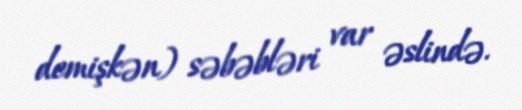
demişkən) səbəbləri var əslində.